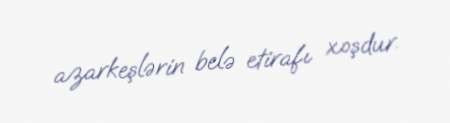
azarkeşlərin belə etirafı xoşdur.